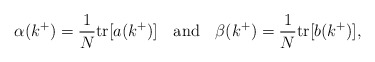
\begin{align*}\alpha (k^+) = \frac{1}{N}\mbox{tr} [a(k^+)] \hspace{4mm} \mbox{and} \hspace{4mm} \beta (k^+) = \frac{1}{N}\mbox{tr} [b(k^+)],\end{align*}